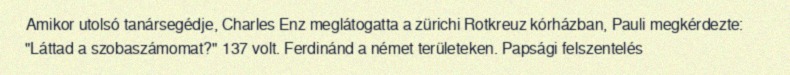
Amikor utolsó tanársegédje, Charles Enz meglátogatta a zürichi Rotkreuz kórházban, Pauli megkérdezte: "Láttad a szobaszámomat?" 137 volt. Ferdinánd a német területeken. Papsági felszentelés